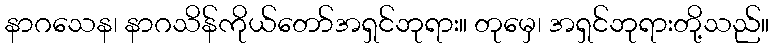
နာဂသေန၊ နာဂသိန်ကိုယ်တော်အရှင်ဘုရား။ တုမှေ၊ အရှင်ဘုရားတို့သည်။